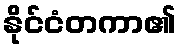
နိုင်ငံတကာ၏